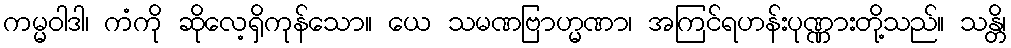
ကမ္မဝါဒါ၊ ကံကို ဆိုလေ့ရှိကုန်သော။ ယေ သမဏဗြာဟ္မဏာ၊ အကြင်ရဟန်းပုဏ္ဏားတို့သည်။ သန္တိ၊